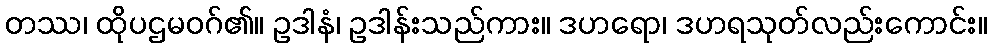
တဿ၊ ထိုပဌမဝဂ်၏။ ဥဒါနံ၊ ဥဒါန်းသည်ကား။ ဒဟရော၊ ဒဟရသုတ်လည်းကောင်း။